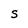
Character: S